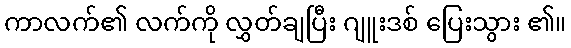
ကာလက်၏ လက်ကို လွှတ်ချပြီး ဂျူးဒစ် ပြေးသွား ၏။